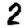
Digit: 2